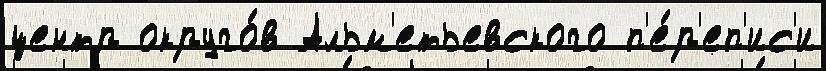
центр округо́в Альм'етьевского п'е́р'еп'ис'и